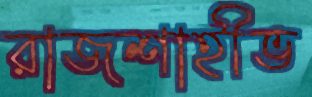
রাজশাহীভ